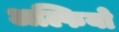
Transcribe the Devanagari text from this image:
अल्फियो